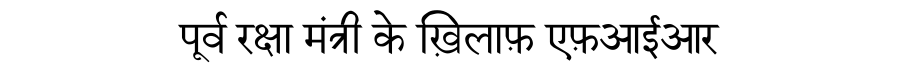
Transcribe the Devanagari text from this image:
पूर्व रक्षा मंत्री के ख़िलाफ़ एफ़आईआर